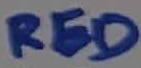
Text: RED